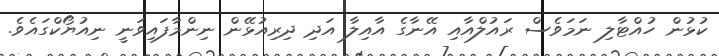
ކުޅުން ހުއްޓާލި ނަމަވެސް ރައުލްއާއި އޭނާގެ އާއިލާ އަދި ދިރިއުޅޭން ނިންމާފައިވަނީ ނިއުޔޯކްގައެވެ.